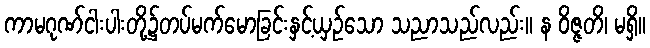
ကာမဂုဏ်ငါးပါးတို့၌တပ်မက်မောခြင်းနှင့်ယှဉ်သော သညာသည်လည်း။ န ဝိဇ္ဇတိ၊ မရှိ။